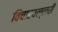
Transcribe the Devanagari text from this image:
विचारवल्लरी